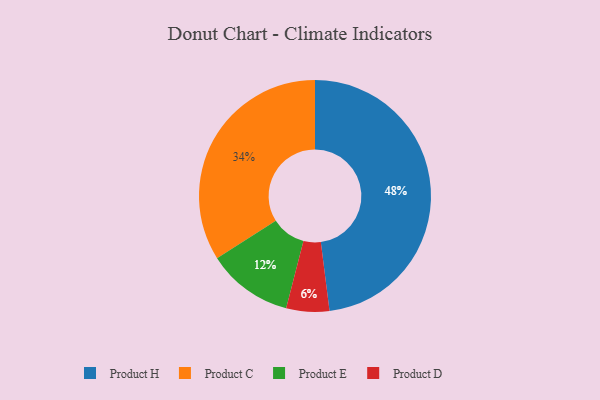
{"axis": {"x": "Category", "y": "Percentage"}, "legend": ["Product C", "Product D", "Product E", "Product H"], "data": [{"x": "Product E", "y": 12, "type": "Product E"}, {"x": "Product C", "y": 34, "type": "Product C"}, {"x": "Product D", "y": 6, "type": "Product D"}, {"x": "Product H", "y": 48, "type": "Product H"}]}